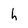
Character: h